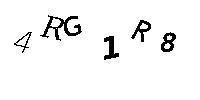
4RG1R8